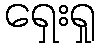
ရှေးရှု